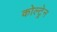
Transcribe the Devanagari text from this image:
कोल्ट्रेन